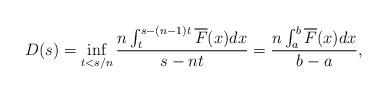
LaTeX: \begin{align*}D(s) = \inf_{t<s/n}\frac{n\int_{t}^{s-(n-1)t}\overline{F}(x)dx}{s-nt} = \frac{n\int_{a}^{b}\overline{F}(x)dx}{b-a},\end{align*}